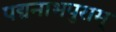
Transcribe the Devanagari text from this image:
पद्मनाभपुराम्